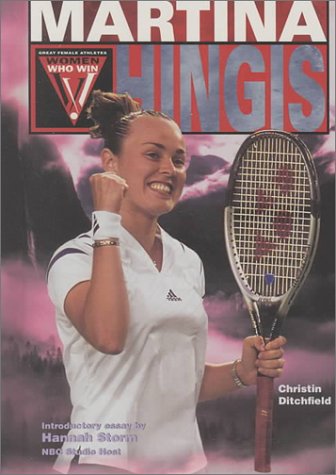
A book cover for Martina Hingis (WWW) (Women Who Win); Christin Ditchfield; Children's Books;